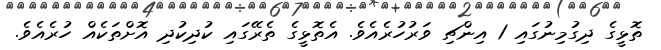
ތޮޅީގެ ދިގުމިނުގައި 1 އިންޗި ވަރުހުރެއެވެ. އެތޮޅީގެ ތެރޭގައި ކުދިކުދި އޮށްތަކެއް ހުރެއެވެ.